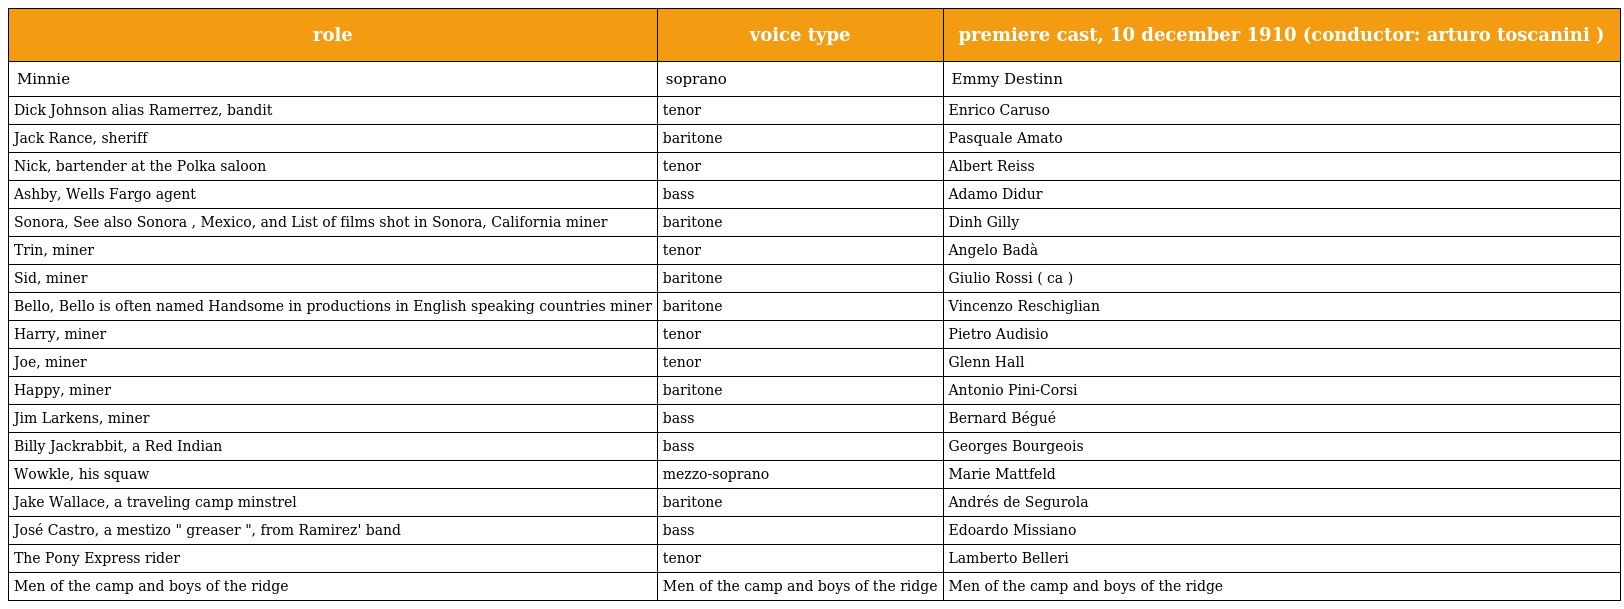
| role | voice type | premiere cast, 10 december 1910 (conductor: arturo toscanini ) |
 | --- | --- | --- |
 | Minnie | soprano | Emmy Destinn |
 | Dick Johnson alias Ramerrez, bandit | tenor | Enrico Caruso |
 | Jack Rance, sheriff | baritone | Pasquale Amato |
 | Nick, bartender at the Polka saloon | tenor | Albert Reiss |
 | Ashby, Wells Fargo agent | bass | Adamo Didur |
 | Sonora, See also Sonora , Mexico, and List of films shot in Sonora, California miner | baritone | Dinh Gilly |
 | Trin, miner | tenor | Angelo Badà |
 | Sid, miner | baritone | Giulio Rossi ( ca ) |
 | Bello, Bello is often named Handsome in productions in English speaking countries miner | baritone | Vincenzo Reschiglian |
 | Harry, miner | tenor | Pietro Audisio |
 | Joe, miner | tenor | Glenn Hall |
 | Happy, miner | baritone | Antonio Pini-Corsi |
 | Jim Larkens, miner | bass | Bernard Bégué |
 | Billy Jackrabbit, a Red Indian | bass | Georges Bourgeois |
 | Wowkle, his squaw | mezzo-soprano | Marie Mattfeld |
 | Jake Wallace, a traveling camp minstrel | baritone | Andrés de Segurola |
 | José Castro, a mestizo " greaser ", from Ramirez' band | bass | Edoardo Missiano |
 | The Pony Express rider | tenor | Lamberto Belleri |
 | Men of the camp and boys of the ridge | Men of the camp and boys of the ridge | Men of the camp and boys of the ridge |